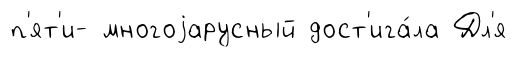
п'ят'и- многоjарусный дост'ига́ла Дл'я